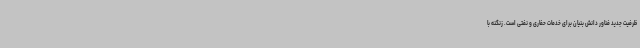
ظرفیت جدید فناور دانش بنیان برای خدمات حفاری و نفتی است. زنگنه با